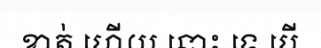
ខាត់ ហើយ នោះ ទេ បើ